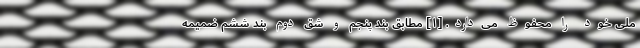
ملی خود را محفوظ می‌­دارد. [۱] مطابق بند پنجم و شق دوم بند ششم ضمیمه